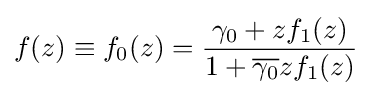
f(z)\equiv f_{0}(z)={\frac {\gamma _{0}+zf_{1}(z)}{1+{\overline {\gamma _{0}}}zf_{1}(z)}}